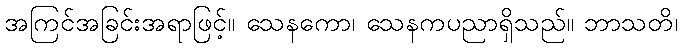
အကြင်အခြင်းအရာဖြင့်။ သေနကော၊ သေနကပညာရှိသည်။ ဘာသတိ၊